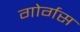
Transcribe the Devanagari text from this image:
गोर्गस